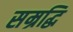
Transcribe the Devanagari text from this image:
सम्रद्धि